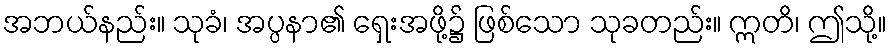
အဘယ်နည်း။ သုခံ၊ အပ္ပနာ၏ ရှေးအဖို့၌ ဖြစ်သော သုခတည်း။ ဣတိ၊ ဤသို့။